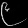
Digit: ၉